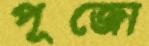
পূজো